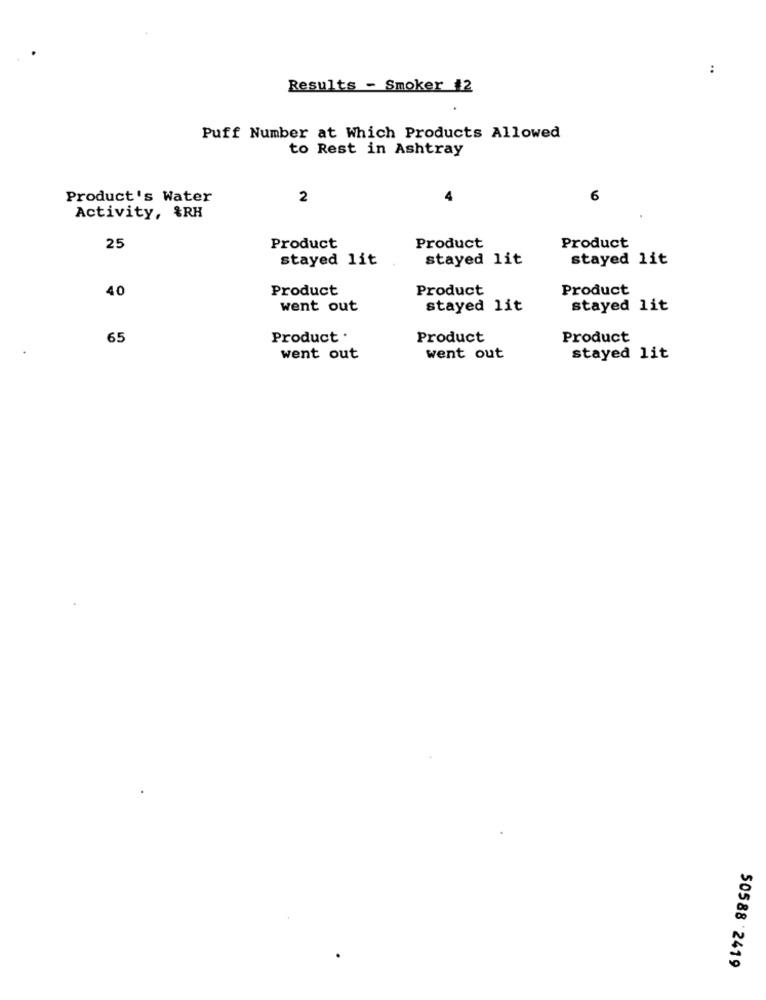
:
Results - Smoker #2
Puff Number at Which Products Allowed
to Rest in Ashtray
Product's Water
2
6
Activity, &RH
25
Product
Product
Product
stayed lit
stayed lit
stayed lit
Product
Product
Product
40
went out
stayed lit
stayed lit
65
Product .
Product
Product
went out
went out
stayed lit
50588 2419